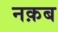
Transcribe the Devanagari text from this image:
नक़ब